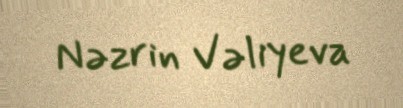
Nəzrin Vəliyeva